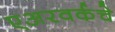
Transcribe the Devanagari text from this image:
एअरवर्कचे